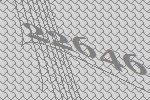
22646